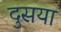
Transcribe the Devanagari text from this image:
दुसया